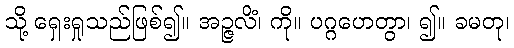
သို့ ရှေးရှုသည်ဖြစ်၍။ အဉ္ဇလိံ၊ ကို။ ပဂ္ဂဟေတွာ၊ ၍။ ခမတု၊